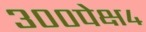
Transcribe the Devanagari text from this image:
३००पेक्ष४